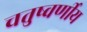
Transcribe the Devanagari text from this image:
चतुष्वर्णीय